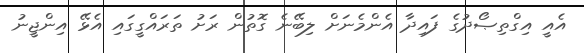
އެއީ އިގްތިޞޯދުގެ ފައިދާ އެންމެނަށް ލިބޭނެ ގޮތުން ރަށު ތަރައްގީގައި އެޅޭ އިންޖީނު